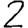
Digit: 2